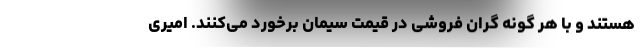
هستند و با هر گونه گران فروشی در قیمت سیمان برخورد می‌کنند. امیری